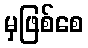
မှဖြစ်စေ